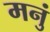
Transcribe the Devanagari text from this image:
मनुं